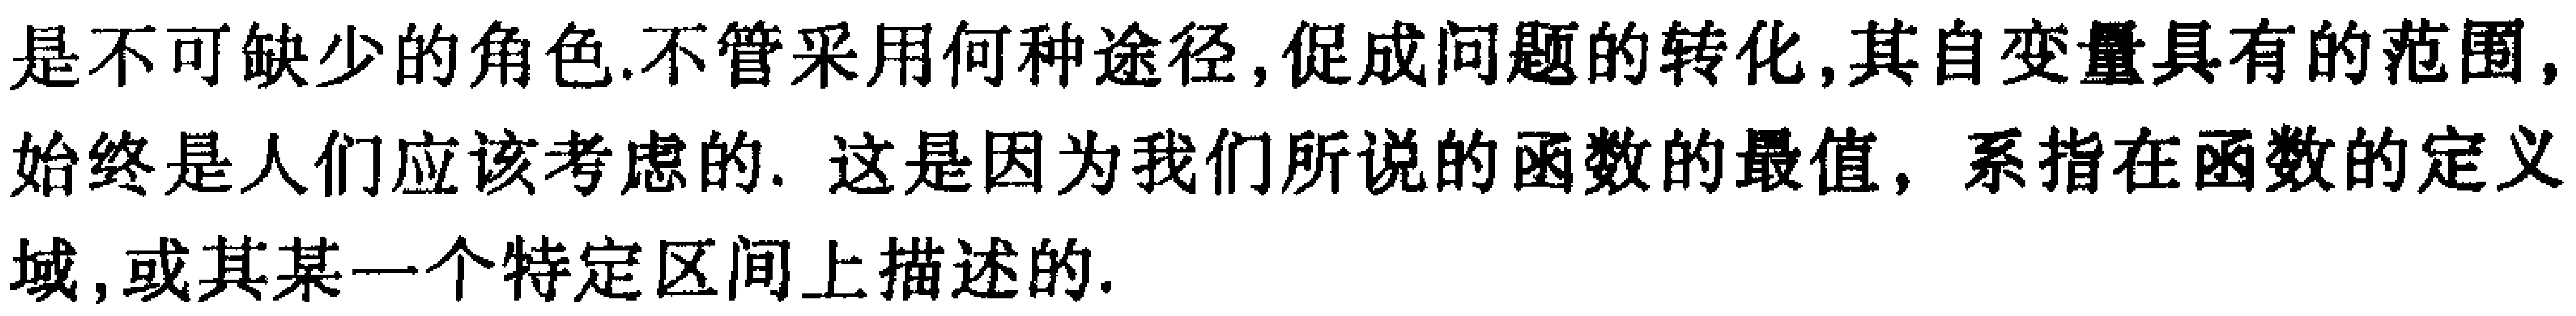
是不可缺少的角色.不管采用何种途径, 促成问题的转化, 其自变量具有的范围, 始终是人们应该考虑的. 这是因为我们所说的函数的最值, 系指在函数的定义域, 或其某一个特定区间上描述的.